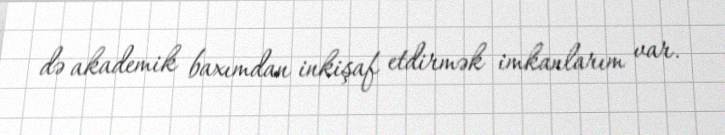
də akademik baxımdan inkişaf etdirmək imkanlarım var.